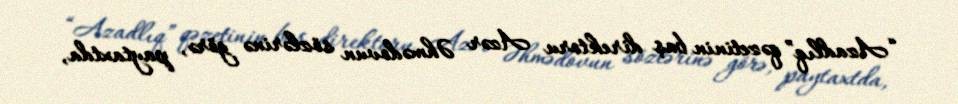
“Azadlıq” qəzetinin baş direktoru Azər Əhmədovun sözlərinə görə, paytaxtda,